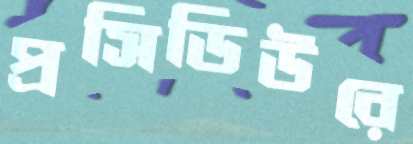
প্রসিডিউরে